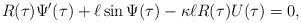
LaTeX: \begin{align*}R(\tau)\Psi^\prime(\tau) + \ell\sin\Psi(\tau) - \kappa\ell R(\tau) U(\tau) = 0, \end{align*}